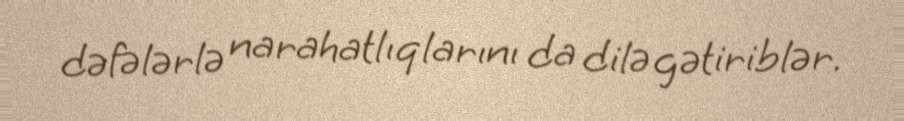
dəfələrlə narahatlıqlarını da dilə gətiriblər.